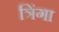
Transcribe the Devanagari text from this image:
त्रिंगा